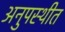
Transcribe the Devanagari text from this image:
अनुपस्थीत